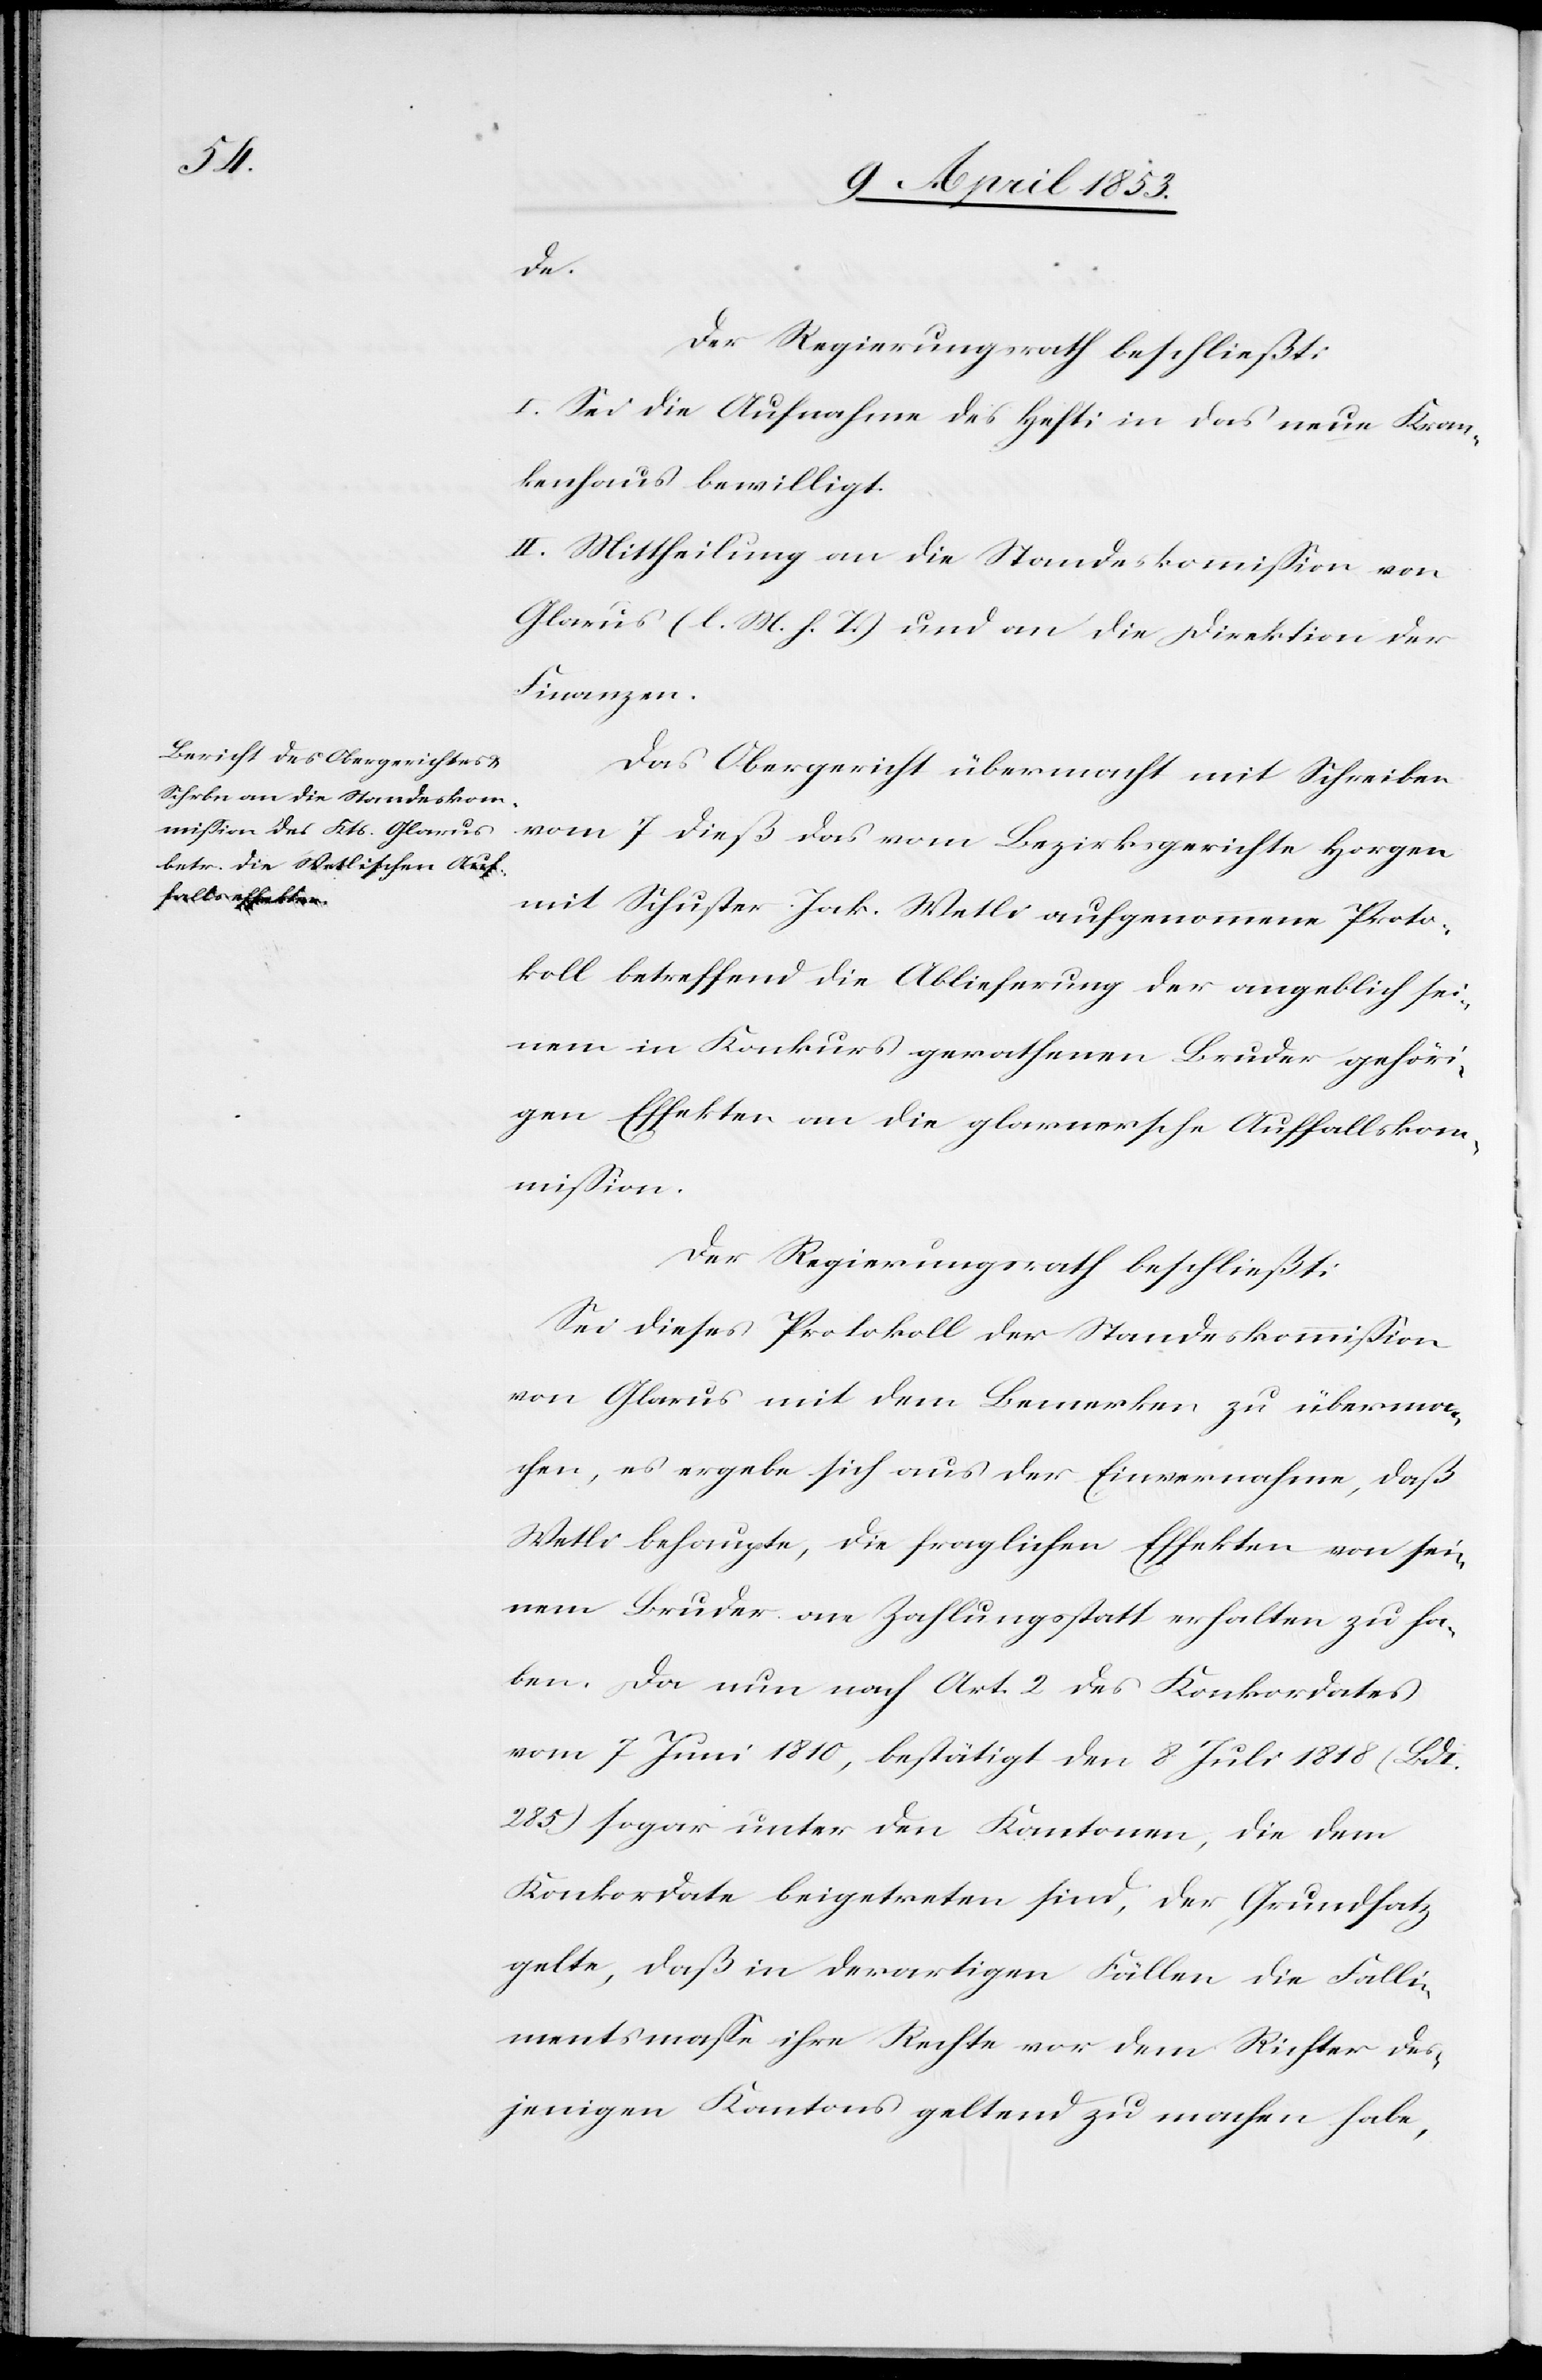
de.
Der Regierungsrath beschließt:
I. Sei die Aufnahme des Hefti in das neue Kran¬
kenhaus bewilligt.
II. Mittheilung an die Standeskommißion von
Glarus [l. M. h. T] und an die Direktion der
Finanzen.
Das Obergericht übermacht mit Schreiben
vom 7 dieß das vom Bezirksgerichte Horgen
mit Schuster Jak. Wetli aufgenommene Proto¬
koll betreffend die Ablieferung der angeblich sei¬
nem in Konkurs gerathenen Bruder gehöri¬
gen Effekten an die glanersche Auffallskom¬
mißion.
Der Regierungsrath beschließt:
Sei dieses Protokoll der Standeskommißion
von Glarus mit dem Bemerken, zu überma¬
chen, es ergebe sich aus der Einvernahme daß
Wetli behaupte, die fraglichen Effekten von sei¬
nem Bruder o[h]ne Zahlungsstatt erhalten zu ha¬
ben. Da nun nach Art. 2 des Konkordates
vom 7 Juni 1810, bestätigt den 8 Juli 1818 (Bd.
285) sogar unter den Kantonen, die dem
Konkordate beigetreten sind, der Grundsatz
gelte, daß in derartigen Fällen die Falli¬
mentsmaße ihre Rechte vor dem Richter des¬
jenigen Kantons geltend zu machen habe,